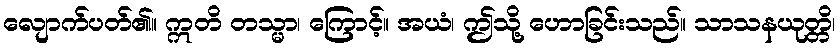
လျောက်ပတ်၏။ ဣတိ တသ္မာ၊ ကြောင့်။ အယံ၊ ဤသို့ ဟောခြင်းသည်။ သာသနယုတ္တိ၊